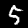
Label: 5